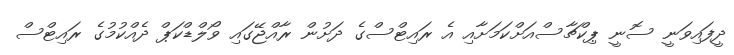
ދީފައިވަނީ ސޮނީ ޕިކްޗާސްއަށްކަމަށާއި އެ ރައިޓްސްގެ ދަށުން ރާއްޖޭގައި ވޯލްޑްކަޕް ދެއްކުމުގެ ރައިޓްސް